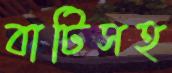
বাটিসহ